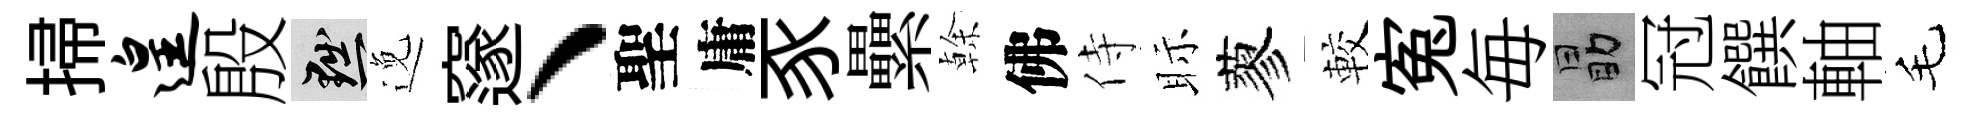
掃遑殷黜𨓜邃、聖庸豕纍𠏉佛侍眎蓼較寃毎勗冠饌軸毛